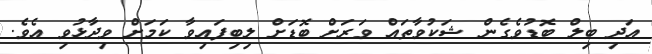
އަދި ބިލް ބޮޑުވެގެން ޝަކުވާތައް ވަރަށް ބޮޑަށް ލިބިފައިވާ ކަމަށް ވިދާޅުވި އެވެ.